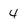
Character: 4